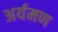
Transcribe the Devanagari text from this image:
अर्यमण